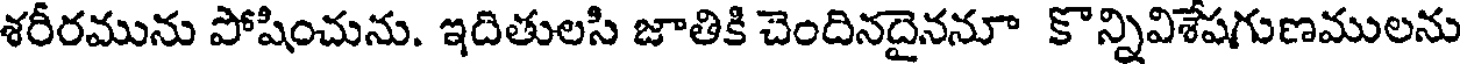
శరీరమును పోషించును. ఇదితులసి జాతికి చెందినదైననూ కొన్నివిశేషగుణములను